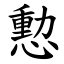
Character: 憅